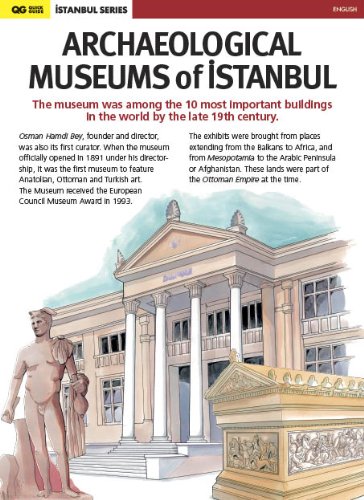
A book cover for Archaeological Museums of Istanbul; Serif Yenen; Travel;